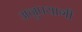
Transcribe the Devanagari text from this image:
अनुपयागी